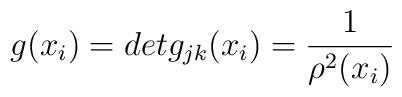
g(x_i)=det g_{jk}(x_i)=\frac{1}{\rho ^2(x_i)}